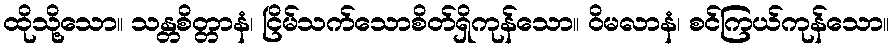
ထိုသို့သော။ သန္တစိတ္တာနံ၊ ငြိမ်သက်သောစိတ်ရှိကုန်သော။ ဝိမလာနံ၊ စင်ကြယ်ကုန်သော။